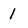
Character: 1